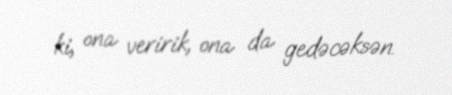
ki, ona veririk, ona da gedəcəksən.